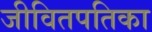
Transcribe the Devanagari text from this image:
जीवितपतिका